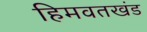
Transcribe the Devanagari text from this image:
हिमवतखंड